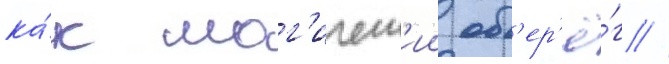
ка́к маг'ическ'ии об'ер'ё́г //